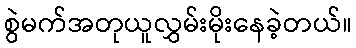
စွဲမက်အတုယူလွှမ်းမိုးနေခဲ့တယ်။